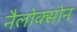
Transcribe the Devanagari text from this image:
नैलोक्सोन